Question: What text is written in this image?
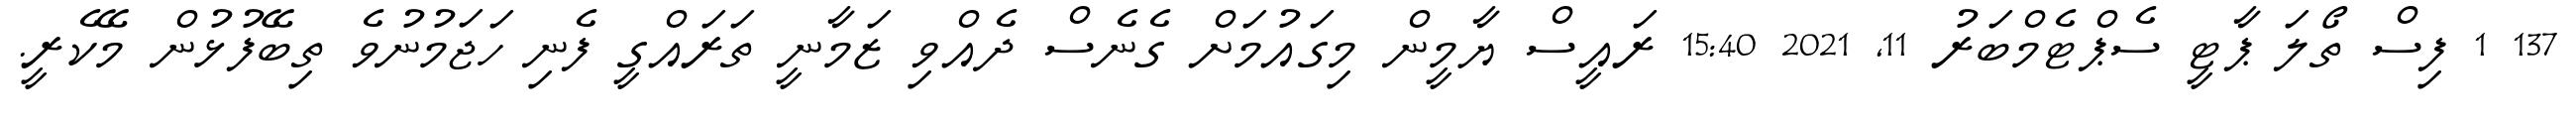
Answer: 137 1 ފިސް ތޯލަ ޕާޓީ ސެޕްޓެމްބަރު 11, 2021 15:40 ރައީސް ޔާމީން މިގައުމަށް ގެނެސް ދެއްވި ޒަމާނީ ތަރައްގީ ފެނި ހަޖަމުނުވެ ތިބޭފުޅުން މޭކެރީ.